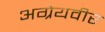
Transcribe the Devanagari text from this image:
अग्रेयवीर